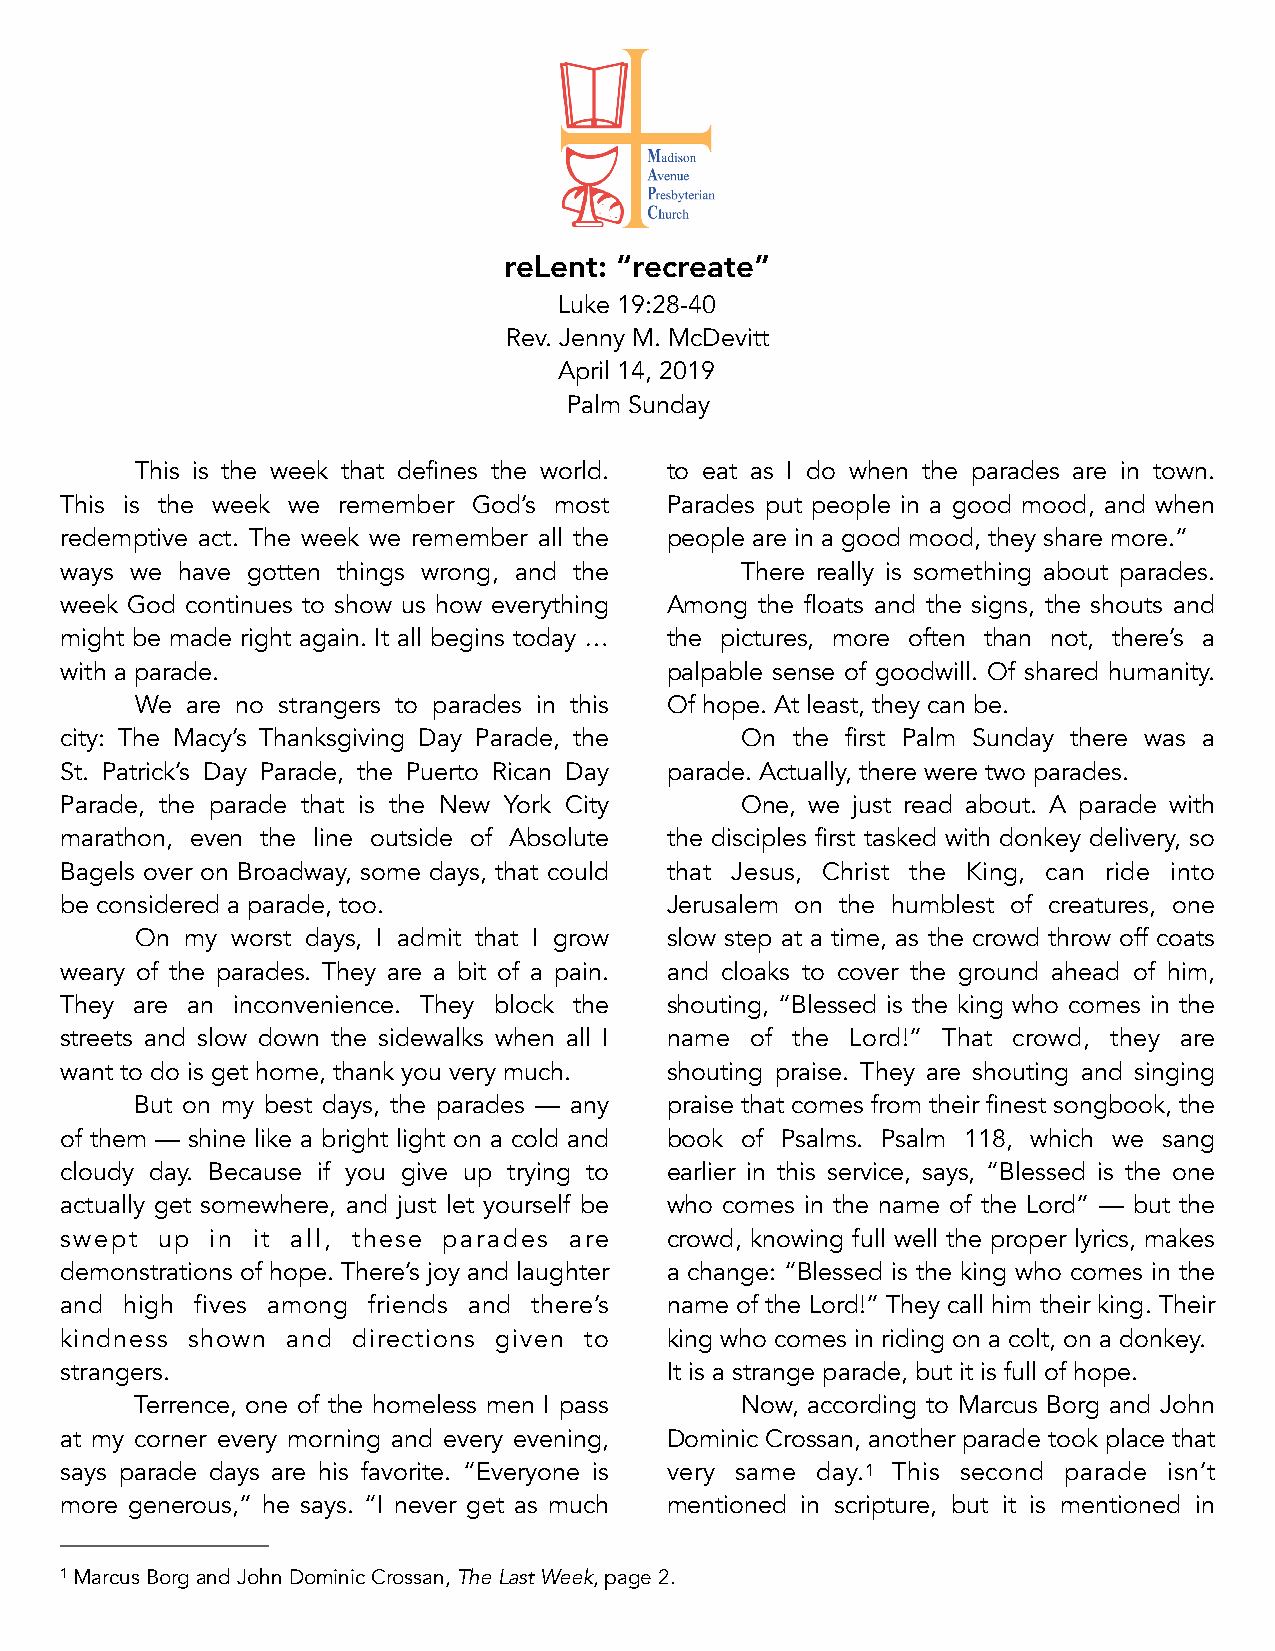
reLent: “recreate”
 Luke 19:28-40
 Rev. Jenny M. McDevitt
 April 14, 2019
 Palm Sunday
 This is the week that defines the world. to eat as I do when the parades are in town.
 This is the week we remember God’s most Parades put people in a good mood, and when
 redemptive act. The week we remember all the people are in a good mood, they share more.”
 ways we have gotten things wrong, and the    There really is something about parades.
 week God continues to show us how everything Among the floats and the signs, the shouts and
 might be made right again. It all begins today … the pictures, more often than not, there’s a
 with a parade.                          palpable sense of goodwill. Of shared humanity.
 We are no strangers to parades in this Of hope. At least, they can be.
 city: The Macy’s Thanksgiving Day Parade, the On the first Palm Sunday there was a
 St. Patrick’s Day Parade, the Puerto Rican Day parade. Actually, there were two parades.
 Parade, the parade that is the New York City One, we just read about. A parade with
 marathon, even the line outside of Absolute the disciples first tasked with donkey delivery, so
 Bagels over on Broadway, some days, that could that Jesus, Christ the King, can ride into
 be considered a parade, too.            Jerusalem on the humblest of creatures, one
 On my worst days, I admit that I grow slow step at a time, as the crowd throw off coats
 weary of the parades. They are a bit of a pain. and cloaks to cover the ground ahead of him,
 They are an inconvenience. They block the shouting, “Blessed is the king who comes in the
 streets and slow down the sidewalks when all I name of the Lord!” That crowd, they are
 want to do is get home, thank you very much. shouting praise. They are shouting and singing
 But on my best days, the parades — any praise that comes from their finest songbook, the
 of them — shine like a bright light on a cold and book of Psalms. Psalm 118, which we sang
 cloudy day. Because if you give up trying to earlier in this service, says, “Blessed is the one
 actually get somewhere, and just let yourself be who comes in the name of the Lord” — but the
 swept up  in it all, these parades are  crowd, knowing full well the proper lyrics, makes
 demonstrations of hope. There’s joy and laughter a change: “Blessed is the king who comes in the
 and high fives among friends and there’s name of the Lord!” They call him their king. Their
 kindness shown and directions given to  king who comes in riding on a colt, on a donkey.
 strangers.                              It is a strange parade, but it is full of hope.
 Terrence, one of the homeless men I pass Now, according to Marcus Borg and John
 at my corner every morning and every evening, Dominic Crossan, another parade took place that
 says parade days are his favorite. “Everyone is very same day.1 This second parade isn’t
 more generous,” he says. “I never get as much mentioned in scripture, but it is mentioned in
 1 Marcus Borg and John Dominic Crossan, The Last Week, page 2.